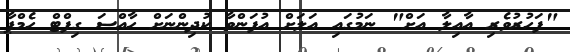
"ފަހުރުވެރި އާއިލާ އަށް" ނަމުގައި އަލަށް އުފަންވާ ކުދިންނަށް ހާއްސަ ގިފްޓް ހެމްޕާ